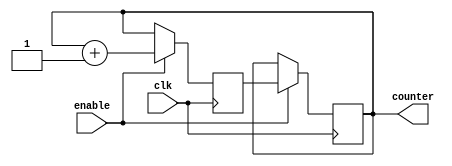
module JohnsonCounter (
    input wire clk,
    input wire enable,
    output reg [3:0] counter
);

reg [3:0] next_state;

always @(posedge clk) begin
    if (enable) begin
        next_state <= counter + 1;
    end else begin
        next_state <= counter;
    end
end

always @(posedge clk) begin
    if (enable) begin
        counter <= next_state;
    end
end

endmodule